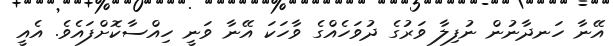
އޭނާ ހަނދާނުން ނުފިލާ ވަރުގެ ދުވަހެއްގެ ވާހަކަ އޭނާ ވަނީ ހިއްސާކޮށްފައެވެ. އެއީ